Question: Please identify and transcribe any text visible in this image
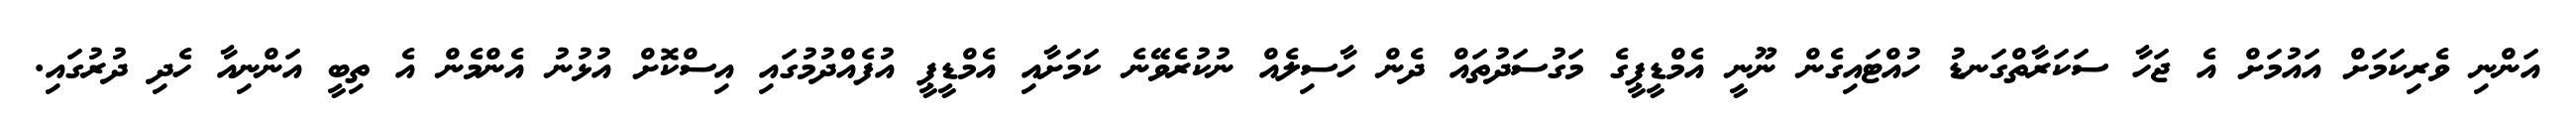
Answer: އަންނި ވެރިކަމަށް އައުމަށް އެ ޖަހާ ސަކަރާތްގަނޑު ހުއްޓައިގެން ނޫނީ އެމްޑީޕީގެ މަގުސަދުތައް ދެން ހާސިލެއް ނުކުރެވޭނެ ކަމަށާއި އެމްޑީޕީ އުފެއްދުމުގައި އިސްކޮށް އުޅުނު އެންމެން އެ ތިބީ އަންނިއާ ހެދި ދުރުގައި.